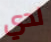
لدي